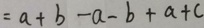
= a + b - a - b + a + c